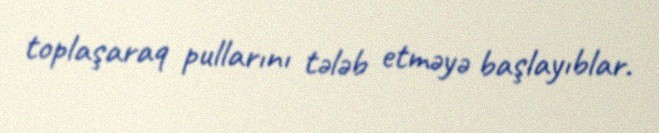
toplaşaraq pullarını tələb etməyə başlayıblar.